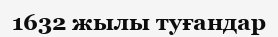
1632 жылы туғандар